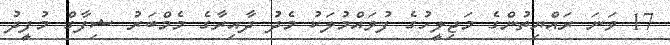
17 ވަނަ ރައްޔިތުންގެ މަޖިލީހުގެ ފުވައްމުލަކު މެދު ދާއިރާގެ މެމްބަރު ޝިފާގް މުފީދު